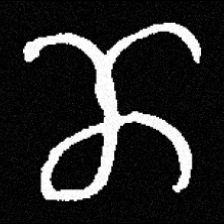
Pyu character \u2014 Myanmar letter: ဏ (romanized: nna)